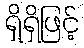
ရှိရှိဖြင့်